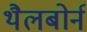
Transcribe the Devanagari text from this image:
थैलबोर्न